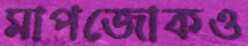
মাপজোকও